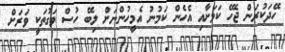
ހޭދަކުރަން ޖެހޭ ކަމަށާއި އެހެން ކަމުނު އެމީހުންނަށް ލިބޭ ހުސް ވަގުތަކީ ވަރަށް